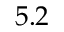
5 . 2